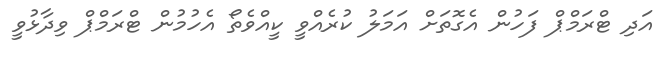
އަދި ޓްރަމްޕް ފަހުން އެގޮތަށް އަމަލު ކުރެއްވީ ކީއްވެތޯ އެހުމުން ޓްރަމްޕް ވިދާޅުވީ